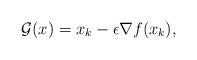
LaTeX: \begin{align*}\mathcal{G}(x) = x_{k}- \epsilon \nabla f(x_{k}),\end{align*}